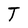
Character: T